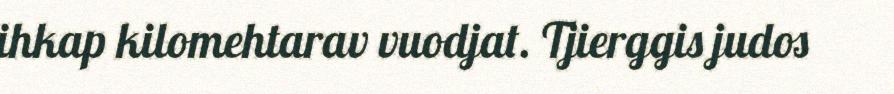
ihkap kilomehtarav vuodjat. Tjierggis judos